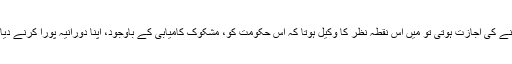
بات کہنے کی اجازت ہوتی تو میں اس نقطہ نظر کا وکیل ہوتا کہ اس حکومت کو، مشکوک کامیابی کے باوجود، اپنا دورانیہ پورا کرنے دیا جائے۔